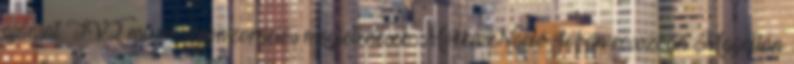
ajánlat TV2 műsorszponzorációs megjelenések Mokka Napló Jóban rosszban Magellán